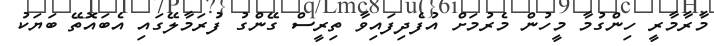
މާރާމާރީ ހިންގުމާ މީހުން މެރުމަށް އުފެދިފައިވާ ތިރީސް ގޭންގު ފުރަމާލޭގައި އެބައޮތޭ ބަޔަކު